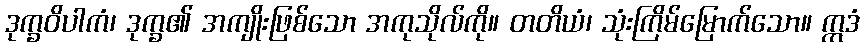
ဒုက္ခဝိပါကံ၊ ဒုက္ခ၏ အကျိုးဖြစ်သော အကုသိုလ်ကို။ တတိယံ၊ သုံးကြိမ်မြောက်သော။ ဣဒံ